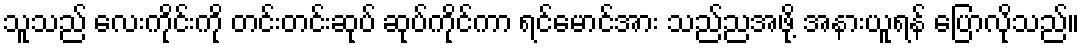
သူသည် လေးကိုင်းကို တင်းတင်းဆုပ် ဆုပ်ကိုင်ကာ ရင်မောင်အား သည်ညအဖို့ အနားယူရန် ပြောလိုသည်။